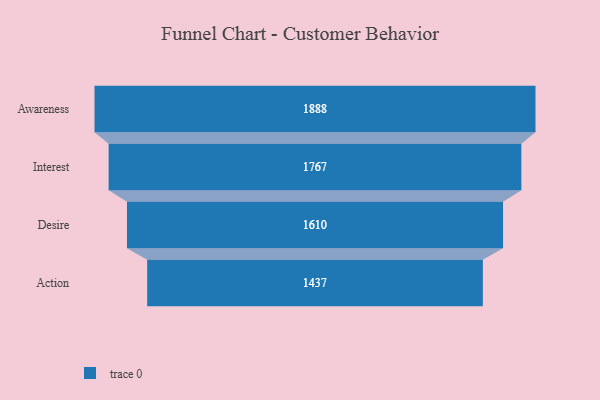
{"axis": {"x": "Stage", "y": "Value"}, "legend": [""], "data": [{"x": "Awareness", "y": 1888.0, "type": ""}, {"x": "Interest", "y": 1767.0, "type": ""}, {"x": "Desire", "y": 1610.0, "type": ""}, {"x": "Action", "y": 1437.0, "type": ""}]}